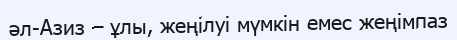
әл-Азиз – ұлы, жеңілуі мүмкін емес жеңімпаз